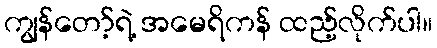
ကျွန်တော့်ရဲ့ အမေရိကန် ထည့်လိုက်ပါ။